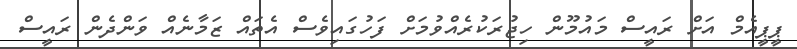
ޕީޕީއެމް އަށް ރައީސް މައުމޫން ހިޖުރަކުރެއްވުމަށް ފަހުގައިވެސް އެތައް ޒަމާނެއް ވަންދެން ރައީސް